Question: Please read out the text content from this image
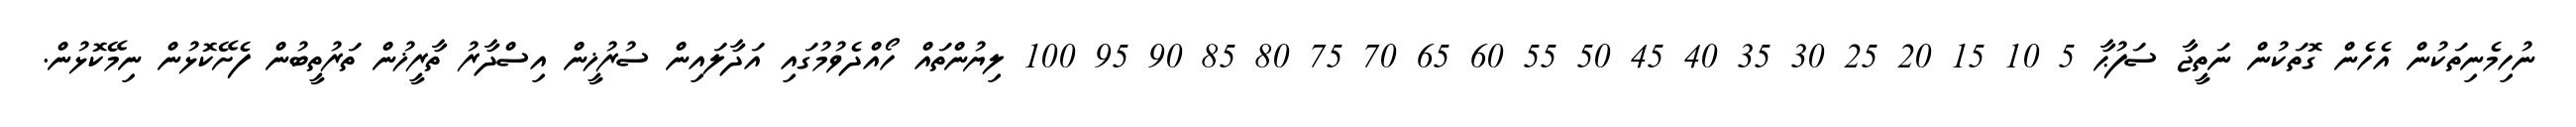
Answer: ނުހިމެނިތަކުން އެހެން ގޮތަކުން ނަތީޖާ ސަފުޙާ 5 10 15 20 25 30 35 40 45 50 55 60 65 70 75 80 85 90 95 100 ލިޔުންތައް ހޯއްދެވުމުގައި އަދާލައިން ސުރުޚީން އިސްދާރު ތާރީޚުން ތަރުތީބުން ފެށޭކޮޅުން ނިމޭކޮޅުން.